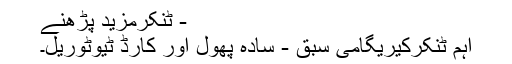
- ٹنکرمزید پڑھنے
اہم ٹنکرکیریگامی سبق - سادہ پھول اور کارڈ ٹیوٹوریل۔